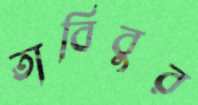
তাবিবুর